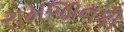
રામજાનકી